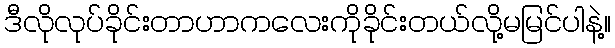
ဒီလိုလုပ်ခိုင်းတာဟာကလေးကိုခိုင်းတယ်လို့မမြင်ပါနဲ့။